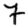
Digit: 7